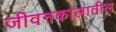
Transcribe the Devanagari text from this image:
जीवनकालातील